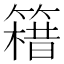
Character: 𥳯